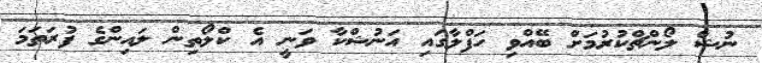
ނުޝް ލޯންޗްކުރުމަށް ބޭއްވި ހަފްލާގައި އަނުޝްކާ ވަނީ އެ ކްލޯތިން ލައިންގެ ފުރަތަމަ